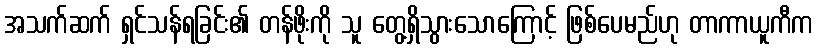
အသက်ဆက် ရှင်သန်ရခြင်း၏ တန်ဖိုးကို သူ တွေ့ရှိသွားသောကြောင့် ဖြစ်ပေမည်ဟု တာကာယူကီက